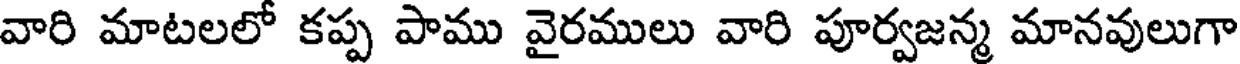
వారి మాటలలో కప్ప పాము వైరములు వారి పూర్వజన్మ మానవులుగా